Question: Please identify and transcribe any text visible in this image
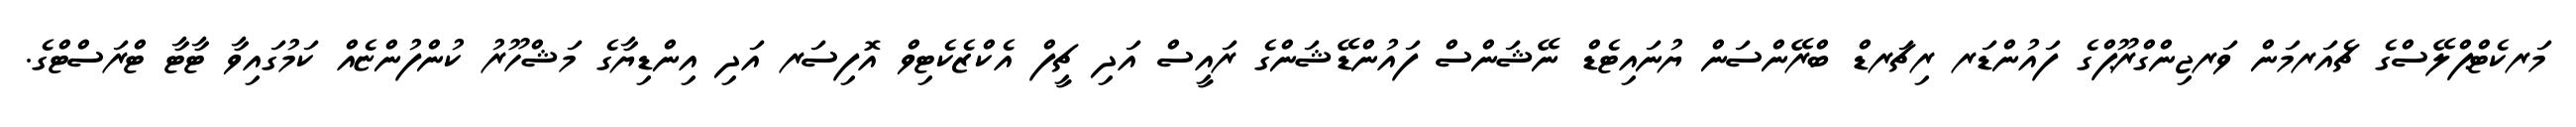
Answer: މަރކެޓްޕްލޭސްގެ ޗެއަރމަން ވަރޖިންގްރޫޕްގެ ފައުންޑަރ ރިޗަރޑް ބްރޭންސަން ޔުނައިޓެޑް ނޭޝަންސް ފައުންޑޭޝަންގެ ރައީސް އަދި ޗީފް އެކްޒެކެޓިވް އޮފިސަރ އަދި އިންޑިޔާގެ މަޝްހޫރު ކުންފުންޏެއް ކަމުގައިވާ ޓާޓާ ޓްރަސްޓްގެ.